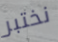
نختبر